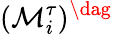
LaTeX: (\mathcal{M}_{i}^{\tau})^{\dag}